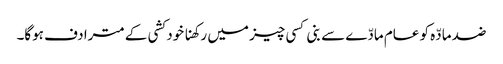
ضد مادّہ کو عام مادّے سے بنی کسی چیز میں رکھنا خود کشی کے مترادف ہوگا۔